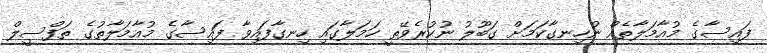
ފައިސާގެ މުއާމަލާތެއް ނުހިނގާކަމަށް ގަބޫލު ނުކުރެވޭތީ ހަމަލާގައި ހިނގާފައިވާ ފައިސާގެ މުއާމަލާތުގެ ތަފްސީލް